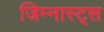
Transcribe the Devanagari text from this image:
जिम्नास्ट्स